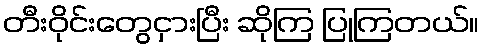
တီးဝိုင်းတွေငှားပြီး ဆိုကြ ပြုကြတယ်။